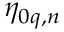
\eta _ { 0 q , n }